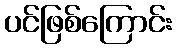
ပင်ဖြစ်ကြောင်း